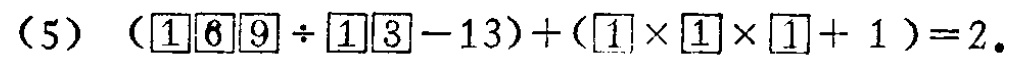
(5) \((\boxed{1}\boxed{6}\boxed{9} \div \boxed{1}\boxed{3}-13)+(\boxed{1} \times \boxed{1} \times \boxed{1}+1)=2\)